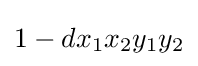
1-dx_{1}x_{2}y_{1}y_{2}